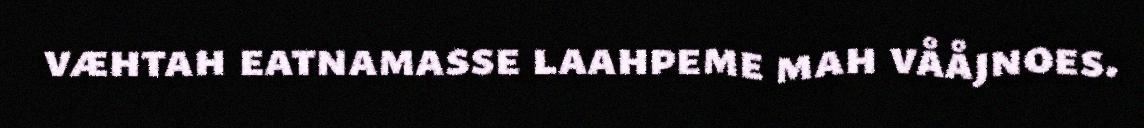
væhtah eatnamasse laahpeme mah vååjnoes.